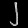
Digit: ၂